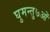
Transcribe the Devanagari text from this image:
घुमन्तु७ओं